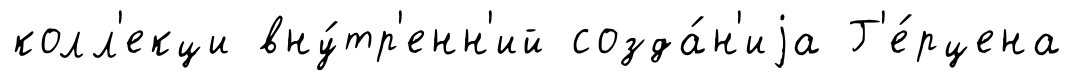
колл'екци вну́тр'енн'ий созда́н'иjа Г'е́рцена